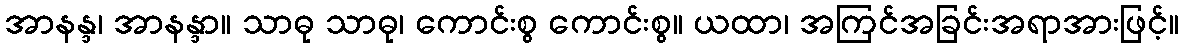
အာနန္ဒ၊ အာနန္ဒာ။ သာဓု သာဓု၊ ကောင်းစွ ကောင်းစွ။ ယထာ၊ အကြင်အခြင်းအရာအားဖြင့်။